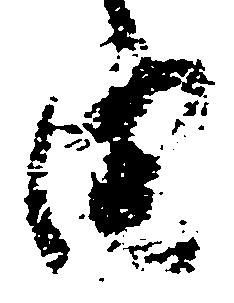
由